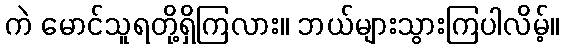
ကဲ မောင်သူရတို့ရှိကြလား။ ဘယ်များသွားကြပါလိမ့်။